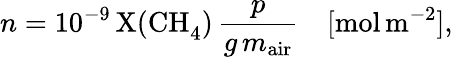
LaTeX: n=10^{-9}\, \mathrm{X(CH}_{4}\mathrm{)}\, \frac{p}{g\, m_{\mathrm{air}}}\quad[\mathrm{mol}\, \mathrm{m}^{-2}],